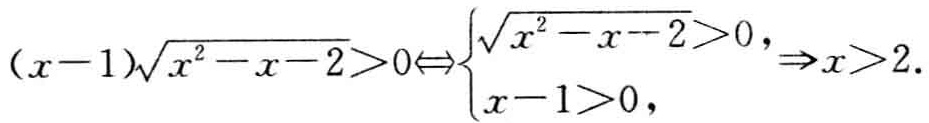
\((x - 1)\sqrt{x^{2}-x - 2}>0\Leftrightarrow\begin{cases}\sqrt{x^{2}-x - 2}>0,\\x - 1>0,\end{cases}\Rightarrow x>2.\)